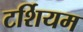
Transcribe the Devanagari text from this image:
टर्शियम